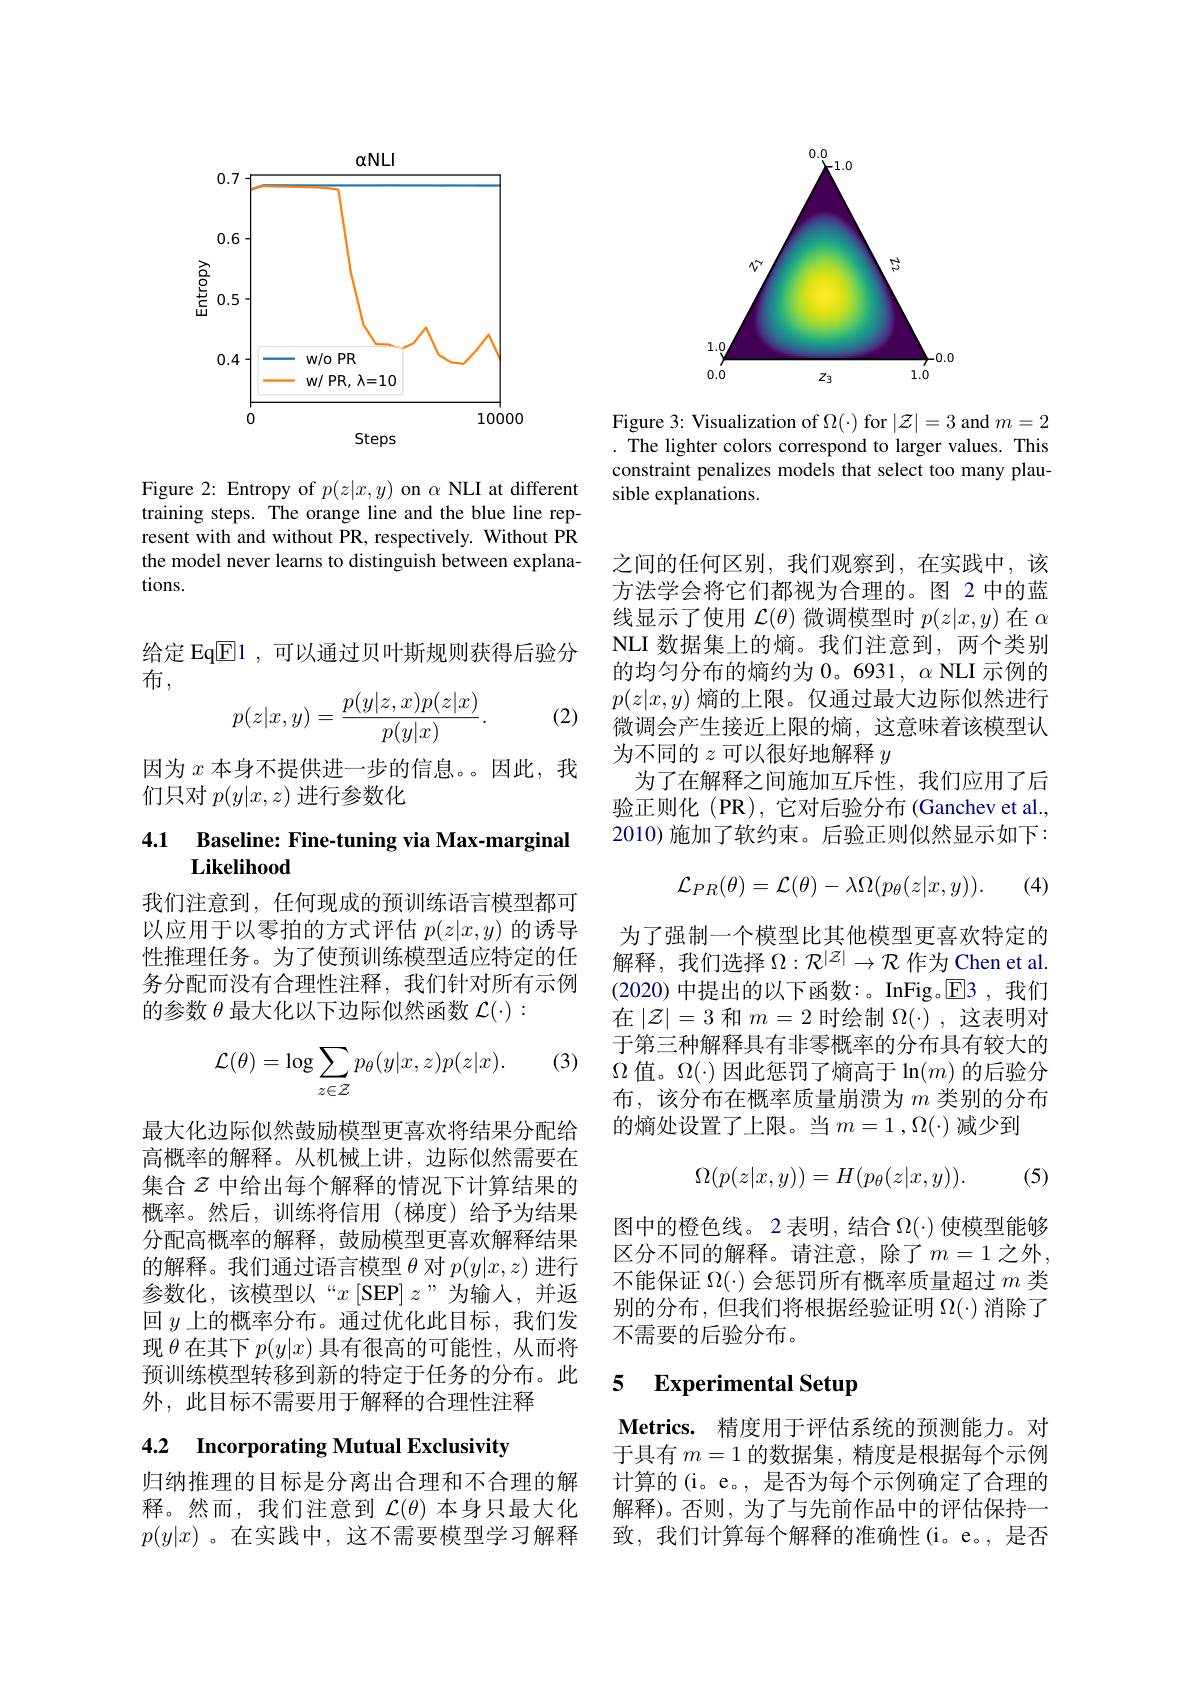
<FigureHere>

Figure 2: Entropy of $p(z|x,y)$ on $\alpha$ NLI at different training steps. The orange line and the blue line represent with and without PR, respectively. Without PR the model never learns to distinguish between explanations.

给定 Eq$\boxed{\mathrm{E}}1$,可以通过贝叶斯规则获得后验分
布，

(2)
$$p(z|x,y)=\frac{p(y|z,x)p(z|x)}{p(y|x)}.$$
因为$x$本身不提供进一步的信息。因此，我
们只对$p(y|x,z)$进行参数化

## 4.1 Baseline: Fine-tuning via Max-marginal Likelihood

我们注意到，任何现成的预训练语言模型都可以应用于以零拍的方式评估$p(z|x,y)$的诱导性推理任务。为了使预训练模型适应特定的任务分配而没有合理性注释，我们针对所有示例的参数$\theta$最大化以下边际似然函数$\mathcal{L}(\cdot):$

(3)
$$\mathcal{L}(\theta)=\log\sum_{z\in\mathcal{Z}}p_\theta(y|x,z)p(z|x).$$
最大化边际似然鼓励模型更喜欢将结果分配给高概率的解释。从机械上讲，边际似然需要在集合$z$ 中给出每个解释的情况下计算结果的概率。然后，训练将信用(梯度)给予为结果分配高概率的解释，鼓励模型更喜欢解释结果的解释。我们通过语言模型$\theta$对$p(y|x,z)$进行参数化，该模型以“$x\left[\mathrm{SEP}\right]z$”为输入，并返回$y$上的概率分布。通过优化此目标，我们发现$\theta$在其下$p(y|x)$具有很高的可能性，从而将预训练模型转移到新的特定于任务的分布。此外，此目标不需要用于解释的合理性注释

# 4.2 Incorporating Mutual Exclusivity

归纳推理的目标是分离出合理和不合理的解释。然而，我们注意到$\mathcal{L}(\theta)$本身只最大化$p(y|x)$ 。在实践中，这不需要模型学习解释

<FigureHere>

Figure 3: Visualization of $\Omega(\cdot)$ for $|\mathcal{Z}|=3$ and $m=2$ . The lighter colors correspond to larger values. This constraint penalizes models that select too many plausible explanations.

之间的任何区别，我们观察到，在实践中，该方法学会将它们都视为合理的。图 2 中的蓝线显示了使用$\mathcal{L}(\theta)$微调模型时$p(z|x,y)$在$\alpha$ NLI 数据集上的熵。我们注意到，两个类别的均匀分布的熵约为 0。6931, $\alpha$ NLI 示例的$p(z|x,y)$熵的上限。仅通过最大边际似然进行微调会产生接近上限的熵，这意味着该模型认为不同的$z$可以很好地解释$y$
为了在解释之间施加互斥性，我们应用了后验正则化(PR),它对后验分布(Ganchev et al., 2010)施加了软约束。后验正则似然显示如下：
$$\mathcal{L}_{PR}(\theta)=\mathcal{L}(\theta)-\lambda\Omega(p_{\theta}(z|x,y)).$$
(4)

为了强制一个模型比其他模型更喜欢特定的解释，我们选择$\Omega:\mathcal{R}^|\mathcal{Z}|\to\mathcal{R}$作为 Chen et al. (2020) 中提出的以下函数：。InFig。$\overline{\mathrm{E}}$3 ,我们在$\left|\mathcal{Z}\right|=3$和$m=2$时绘制$\Omega(\cdot)$,这表明对于第三种解释具有非零概率的分布具有较大的$\Omega$值。$\Omega(\cdot)$因此惩罚了熵高于$\ln(m)$的后验分布，该分布在概率质量崩溃为$m$ 类别的分布的熵处设置了上限。当$m=1,\Omega(\cdot)$减少到
$$\Omega(p(z|x,y))=H(p_\theta(z|x,y)).$$
(5)

图中的橙色线。2 表明，结合$\Omega(\cdot)$使模型能够区分不同的解释。请注意，除了$m=1$ 之外， 不能保证$\Omega(\cdot)$会惩罚所有概率质量超过$m$类别的分布，但我们将根据经验证明$\Omega(\cdot)$消除了不需要的后验分布。

### 5 $\textbf{Experimental Setur}$

Metrics. 精度用于评估系统的预测能力。对于具有$m=1$的数据集，精度是根据每个示例计算的(i。e。, 是否为每个示例确定了合理的解释)。否则，为了与先前作品中的评估保持一致，我们计算每个解释的准确性(i。e。,是否